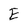
Character: E